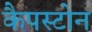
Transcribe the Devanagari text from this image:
कैपस्टोन